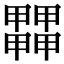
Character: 𤳵